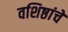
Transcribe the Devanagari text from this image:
वशिष्ठांचे